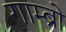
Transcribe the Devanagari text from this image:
गाम्ब्रो